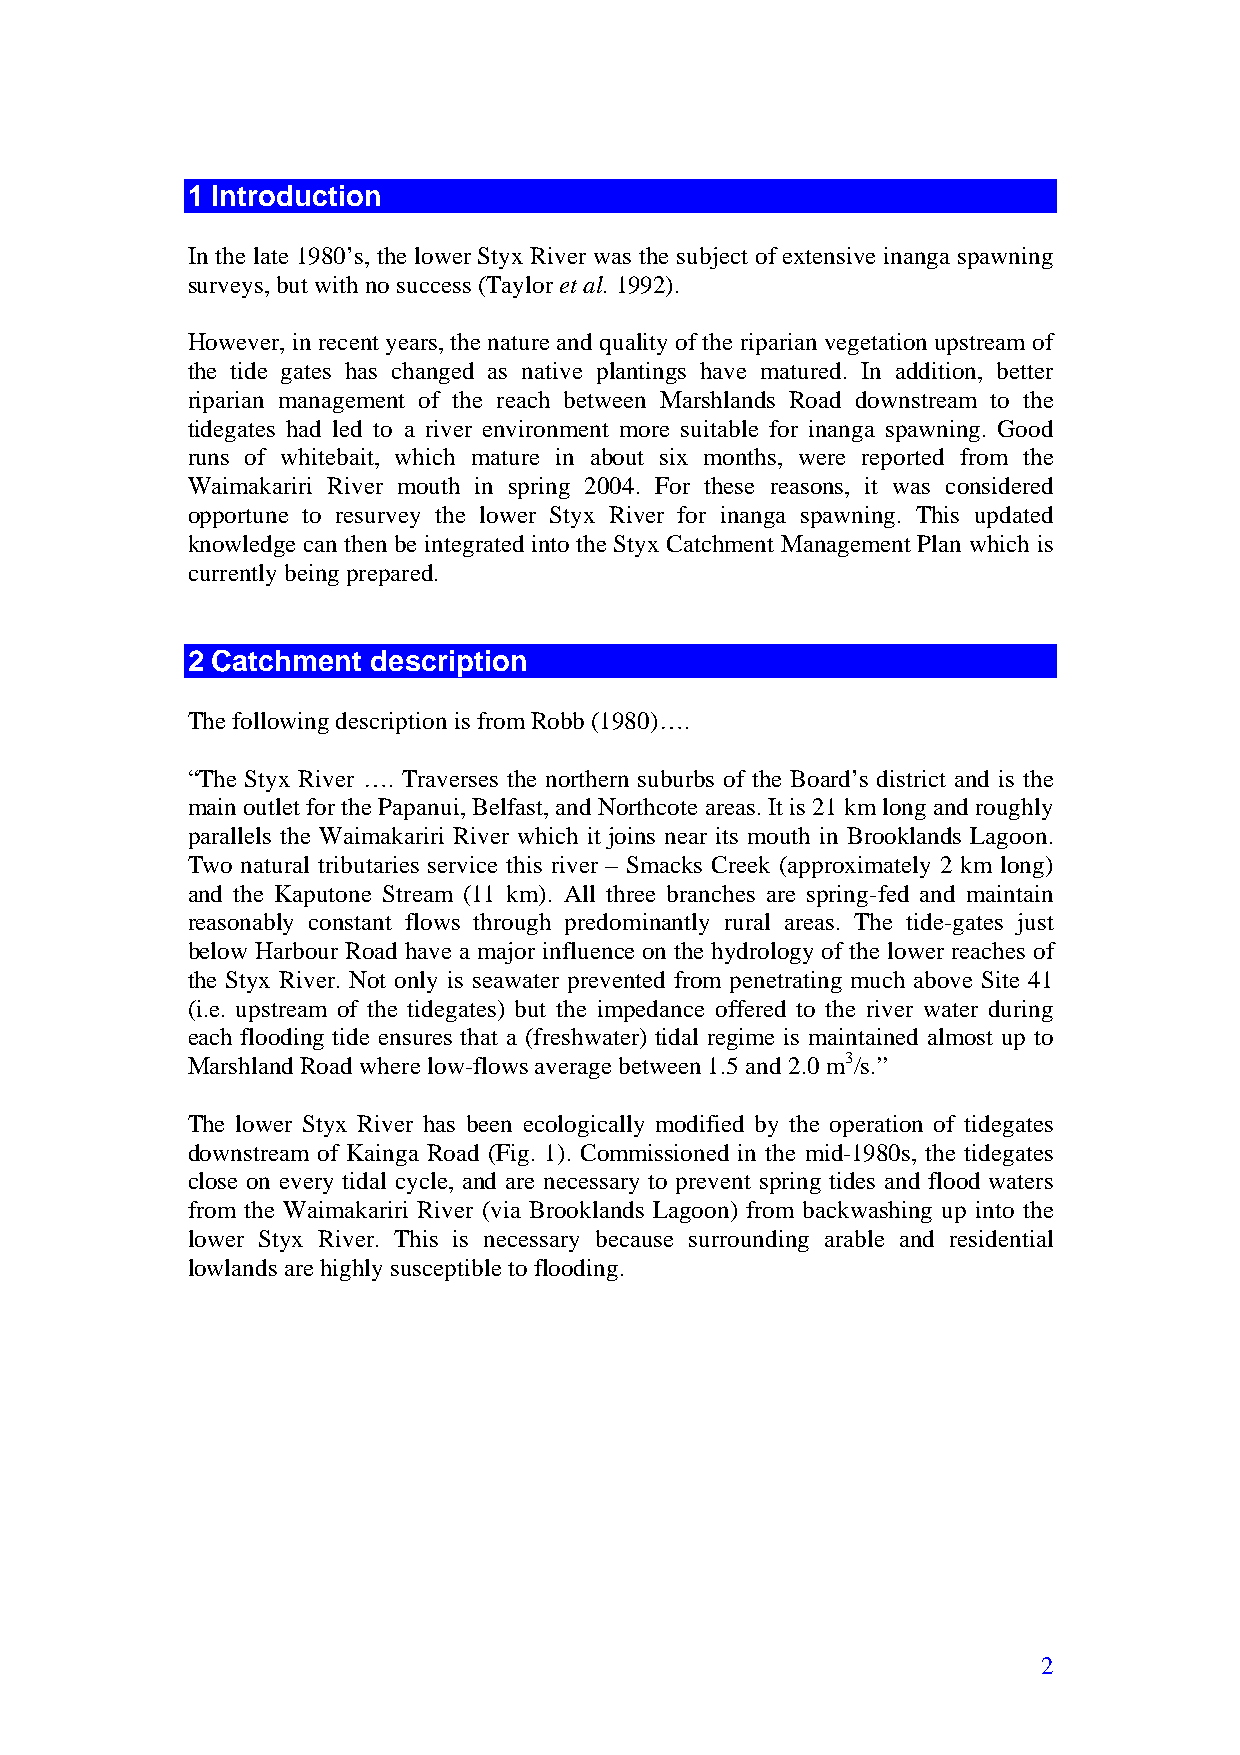
1 Introduction
 In the late 1980’s, the lower Styx River was the subject of extensive inanga spawning
 surveys, but with no success (Taylor et al. 1992).
 However, in recent years, the nature and quality of the riparian vegetation upstream of
 the tide gates has changed as native plantings have matured. In addition, better
 riparian management of the reach between Marshlands Road downstream to the
 tidegates had led to a river environment more suitable for inanga spawning. Good
 runs of whitebait, which mature in about six months, were reported from the
 Waimakariri River mouth in spring 2004. For these reasons, it was considered
 opportune to resurvey the lower Styx River for inanga spawning. This updated
 knowledge can then be integrated into the Styx Catchment Management Plan which is
 currently being prepared.
 2 Catchment  description
 The following description is from Robb (1980)….
 “The Styx River …. Traverses the northern suburbs of the Board’s district and is the
 main outlet for the Papanui, Belfast, and Northcote areas. It is 21 km long and roughly
 parallels the Waimakariri River which it joins near its mouth in Brooklands Lagoon.
 Two natural tributaries service this river – Smacks Creek (approximately 2 km long)
 and the Kaputone Stream (11 km). All three branches are spring-fed and maintain
 reasonably constant flows through predominantly rural areas. The tide-gates just
 below Harbour Road have a major influence on the hydrology of the lower reaches of
 the Styx River. Not only is seawater prevented from penetrating much above Site 41
 (i.e. upstream of the tidegates) but the impedance offered to the river water during
 each flooding tide ensures that a (freshwater) tidal regime is maintained almost up to
 Marshland Road where low-flows average between 1.5 and 2.0 m3/s.”
 The lower Styx River has been ecologically modified by the operation of tidegates
 downstream of Kainga Road (Fig. 1). Commissioned in the mid-1980s, the tidegates
 close on every tidal cycle, and are necessary to prevent spring tides and flood waters
 from the Waimakariri River (via Brooklands Lagoon) from backwashing up into the
 lower Styx River. This is necessary because surrounding arable and residential
 lowlands are highly susceptible to flooding.
 2